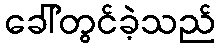
ခေါ်တွင်ခဲ့သည်